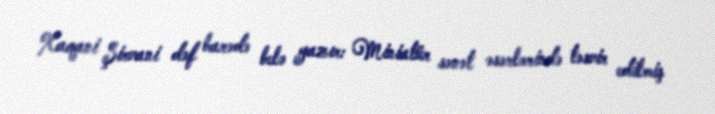
Xaqani Şirvani dəf barədə belə yazır: Miniatür sənət əsərlərində təsvir edilmiş